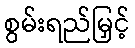
စွမ်းရည်မြှင့်